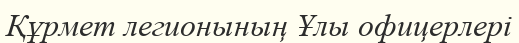
Құрмет легионының Ұлы офицерлері